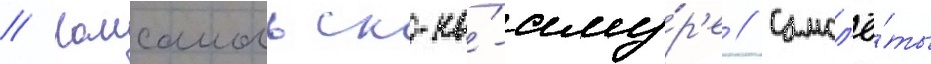
// Комсомольск-на́-аму́р'е // Самол'ё́ты